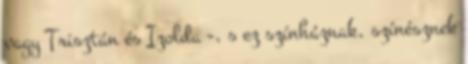
vagy Trisztán és Izolda -, s ez színháznak, színésznek